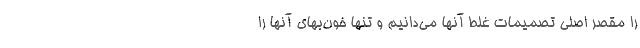
را مقصرِ اصلیِ تصمیمات غلط آنها می‌دانیم و تنها خون‌بهای آنها را